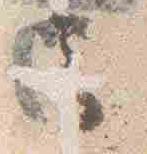
云